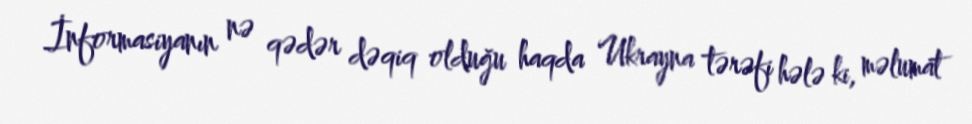
İnformasiyanın nə qədər dəqiq olduğu haqda Ukrayna tərəfi hələ ki, məlumat